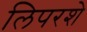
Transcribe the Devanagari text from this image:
लिपरशे